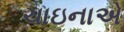
ચાઇનાએ